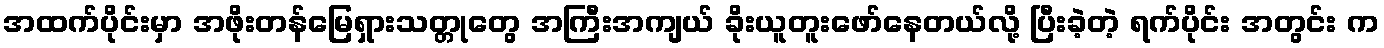
အထက်ပိုင်းမှာ အဖိုးတန်မြေရှားသတ္တုတွေ အကြီးအကျယ် ခိုးယူတူးဖော်နေတယ်လို့ ပြီးခဲ့တဲ့ ရက်ပိုင်း အတွင်း က